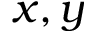
x , y